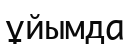
ұйымда